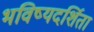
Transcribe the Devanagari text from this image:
भविष्यदर्शिता